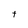
Character: t